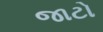
જાટો